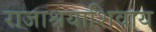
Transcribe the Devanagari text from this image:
राजाश्रयाशिवाय